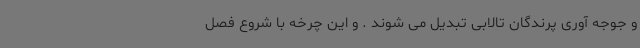
و جوجه آوری پرندگان تالابی تبدیل می شوند . و این چرخه با شروع فصل